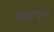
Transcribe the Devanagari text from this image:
मेसोपुस्ट